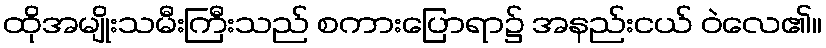
ထိုအမျိုးသမီးကြီးသည် စကားပြောရာ၌ အနည်းငယ် ဝဲလေ၏။